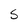
Character: 5